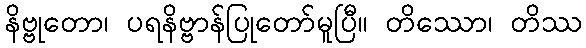
နိဗ္ဗုတော၊ ပရနိဗ္ဗာန်ပြုတော်မူပြီ။ တိဿော၊ တိဿ